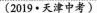
(2019·天津中考)